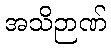
အသိဉာဏ်